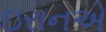
ઇરાનએ